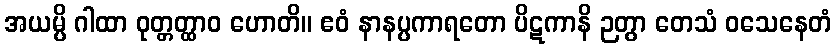
အယမ္ပိ ဂါထာ ဝုတ္တတ္ထာဝ ဟောတိ။ ဧဝံ နာနပ္ပကာရတော ပိဋကာနိ ဉတွာ တေသံ ဝသေနေတံ